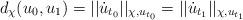
LaTeX: \begin{align*}d_\chi(u_0, u_1)=||\dot{u}_{t_0}||_{\chi, u_{t_0}} =||\dot{u}_{t_1}||_{\chi, u_{t_1}}\end{align*}